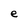
Character: e